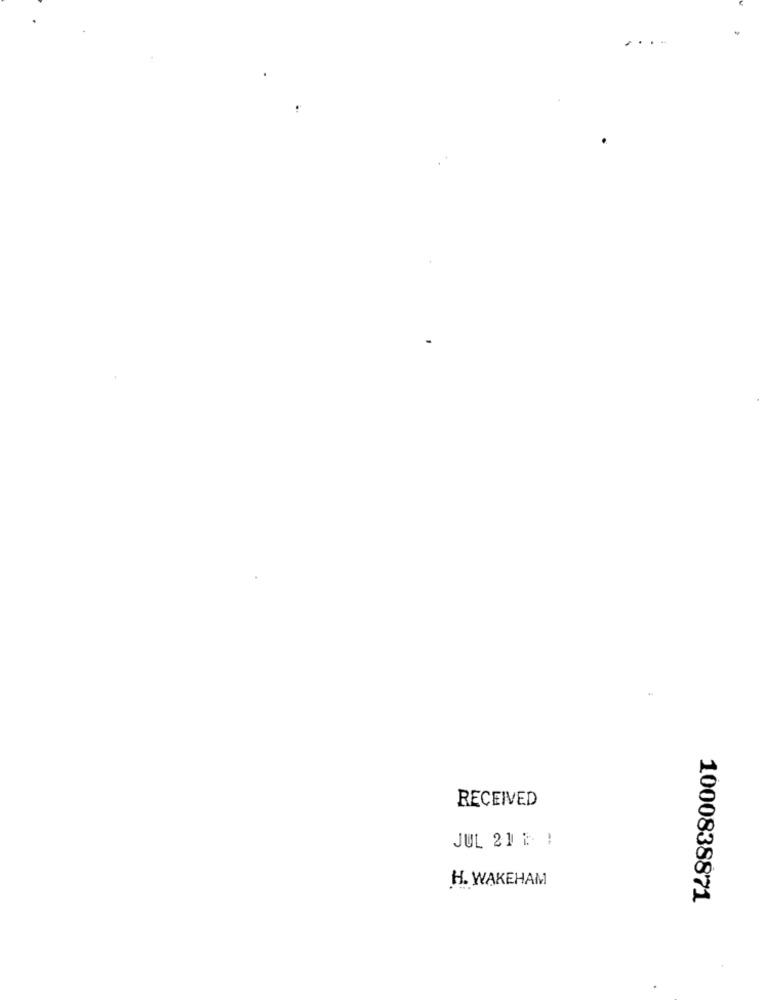
RECEIVED
JUL 212 !
H. WAKEHAM
1000838871